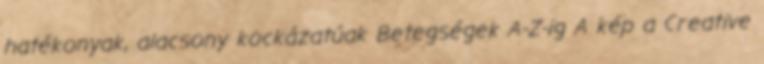
hatékonyak, alacsony kockázatúak Betegségek A-Z-ig A kép a Creative